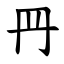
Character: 䍏